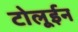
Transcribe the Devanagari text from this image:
टोलूईन